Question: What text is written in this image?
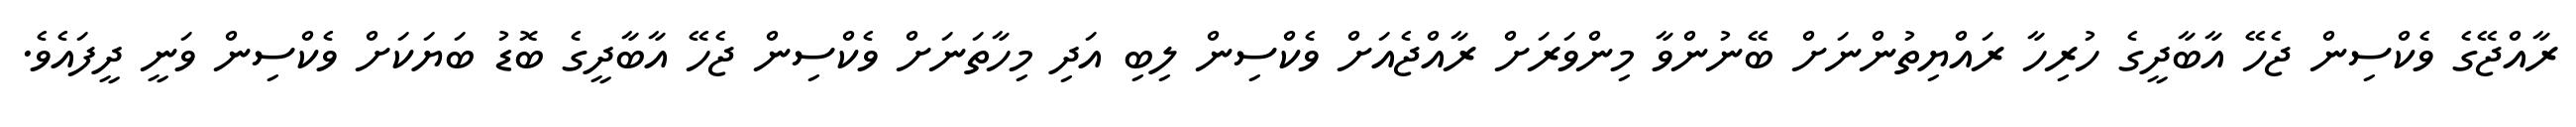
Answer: ރާއްޖޭގެ ވެކްސިން ޖެހޭ އާބާދީގެ ހުރިހާ ރައްޔިތުންނަށް ބޭނުންވާ މިންވަރަށް ރާއްޖެއަށް ވެކްސިން ލިބި އަދި މިހާތަނަށް ވެކްސިން ޖެހޭ އާބާދީގެ ބޮޑު ބަޔަކަށް ވެކްސިން ވަނީ ދީފައެވެ.